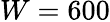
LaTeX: W=600